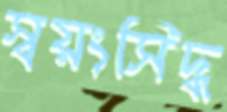
স্বয়ংসিদ্ধ